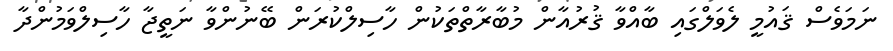
ނަމަވެސް ޤައުމީ ލެވަލްގައި ބާއްވާ ޤުރުއާން މުބާރާތްތަކުން ހާސިލްކުރަން ބޭނުންވާ ނަތީޖާ ހާސިލްވަމުންދާ